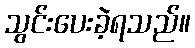
သွင်းပေးခဲ့ရသည်။